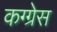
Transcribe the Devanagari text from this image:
कग्ग्रेस